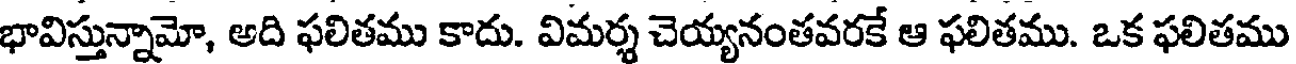
భావిస్తున్నామో, అది ఫలితము కాదు. విమర్శ చెయ్యనంతవరకే ఆ ఫలితము. ఒక ఫలితము